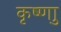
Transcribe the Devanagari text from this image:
कृष्णाु